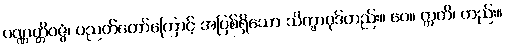
ပဏ္ဏတ္တိဝဇ္ဇံ၊ ပညတ်တော်ကြောင့် အပြစ်ရှိသော သိက္ခာပုဒ်တည်း။ ပေ။ ဣတိ၊ တည်း။